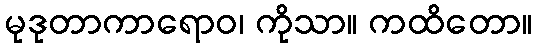
မုဒုတာကာရောဝ၊ ကိုသာ။ ကထိတော။